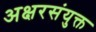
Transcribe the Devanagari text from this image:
अक्षरसंयुक्त